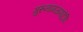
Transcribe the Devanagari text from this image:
गुरुनामजपाद्देवि